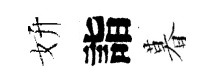
妍詣暮